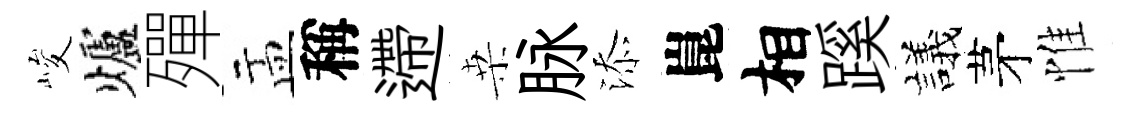
峻爐殫盂稱遰桒脉添崑相蹊議茅惟